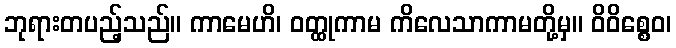
ဘုရားတပည့်သည်။ ကာမေဟိ၊ ဝတ္ထုကာမ ကိလေသာကာမတို့မှ။ ဝိဝိစ္စေဝ၊